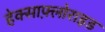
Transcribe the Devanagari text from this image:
हेक्साफ़्लोराइड